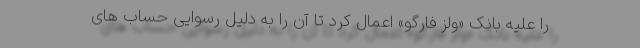
را علیه بانک «ولز فارگو» اعمال کرد تا آن را به دلیل رسوایی حساب های